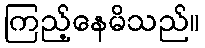
ကြည့်နေမိသည်။